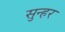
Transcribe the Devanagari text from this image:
सुन्हर